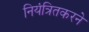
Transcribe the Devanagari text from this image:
नियंत्रितकरने